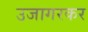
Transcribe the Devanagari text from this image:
उजागरकर